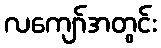
လကျော်အတွင်း